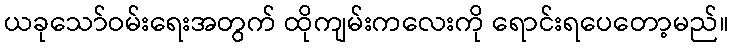
ယခုသော်ဝမ်းရေးအတွက် ထိုကျမ်းကလေးကို ရောင်းရပေတော့မည်။